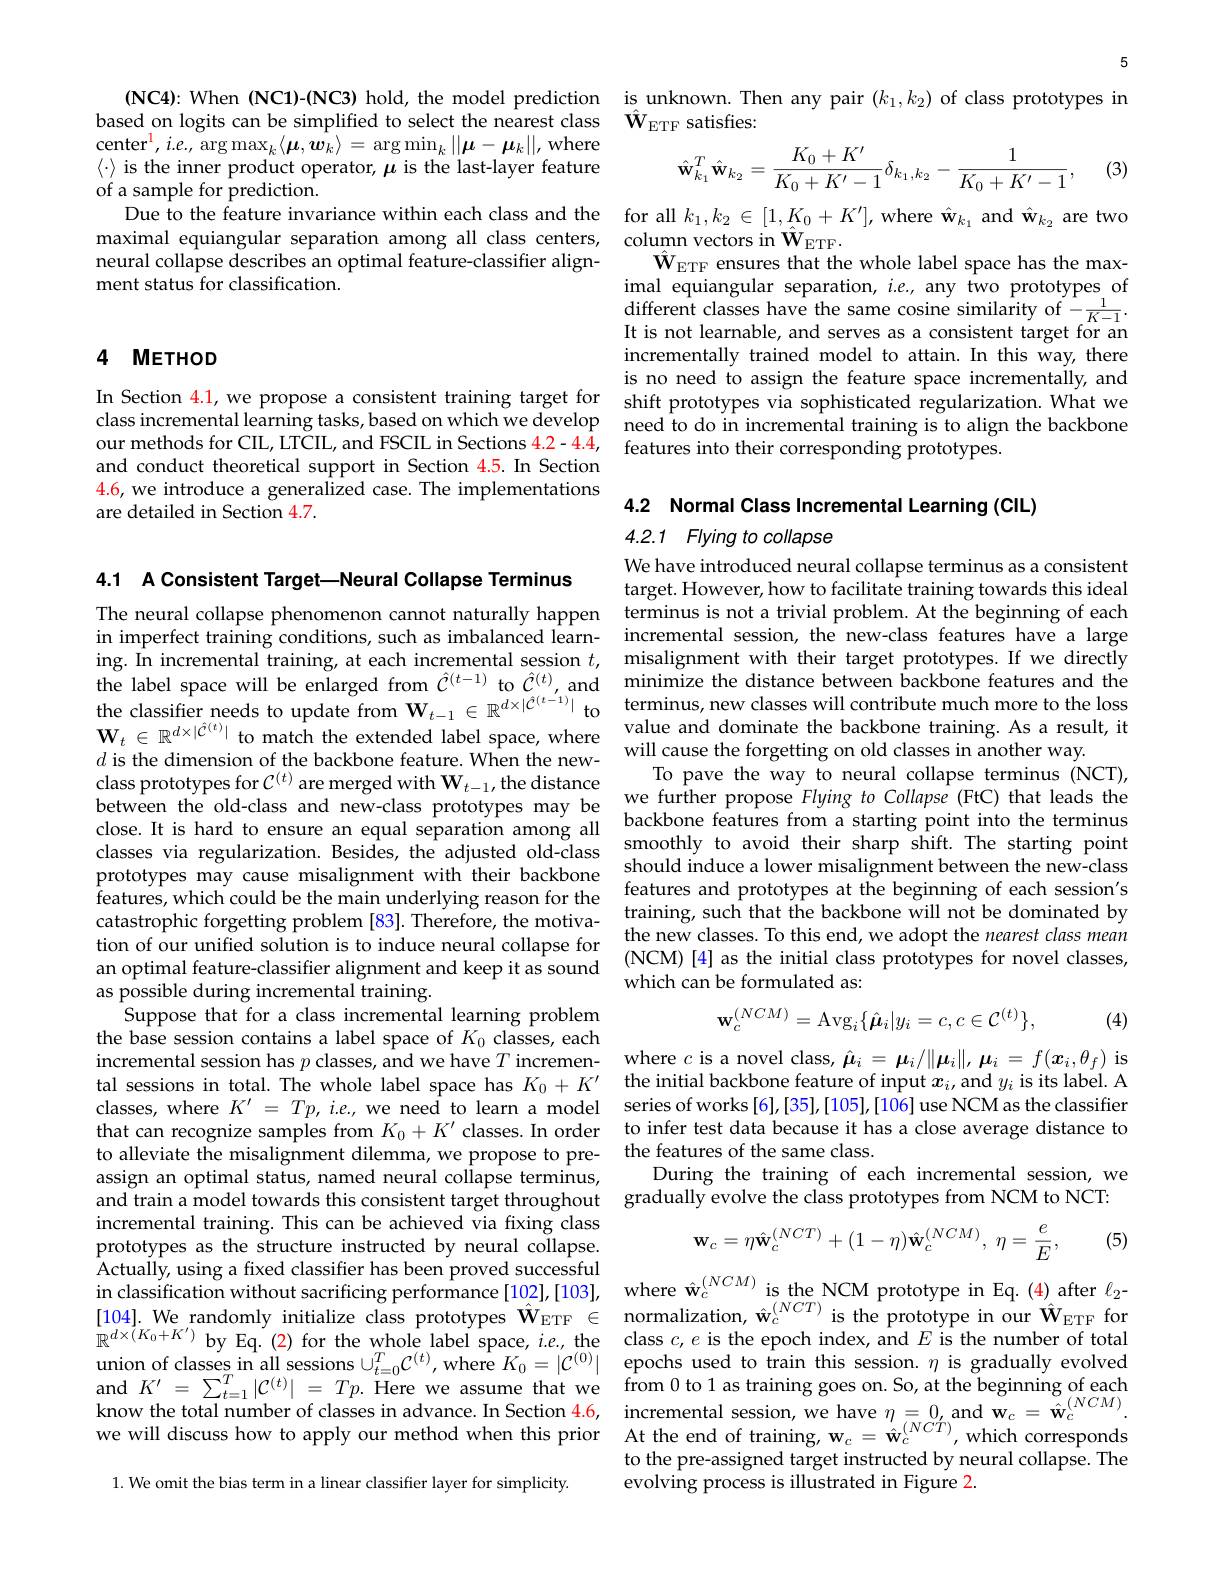
$\operatorname*{center}^{1},i.e.,\operatorname*{arg}\operatorname*{}$ $\langle\cdot\rangle$ is the inner product o of a sample for prediction.
Due to the feature invarianc
neural collapse describes an
ment status for classificati

### 4 METHOD

class incremental learning tasks, based on which we develop our methods for CIL, LTCIL, and FSCIL in Sections 4.2-4.4, and conduct theoretical support in Section 4.5. In Section 4.6, we introduce a generalized case. The implementations are detailed in Section 4.7.

4.1 A Consistent Target-Neural Collapse Terminus
The neural collapse phenomenon cannot naturally happen ing. In incremental training, at each incremental session $t$, $d$ is the dimension of the backbone feature. When the newclass prototypes for $\mathcal{C}^{(t)}$ are merged with $\mathbf{W}_t-1$, the distance prototypes may cause misalignment with their backbone features, which could be the main underlying reason for the an optimal feature-classifier alignment and keep it as sound as possible during incremental training.
Suppose that for a class inc the base session contains a label space of $K_0$ classes, each incremental session has $p$ tal sessions in total. The whole label space has $K_0+K^{\prime}$ the initial backbone feature of input $x_i$, and $y_i$ is its label.A classes, where $K^\prime=Tp,ie.$, that can recognize samples f to alleviate the misalignmen assign an optimal status, na and train a model towards th incremental training. This c prototypes as the structure Actually, using a fixed classifier has been proved successful in classification without sacrificing performance[102],[103], where $\hat{\mathbf{w}}_{c}^{(NCM)}$ is the NCM prototype in Eq.(4) after $\ell_{2-}$[104]. We randomly initialize class prototypes $\hat{\mathbf{W}}_{\mathrm{}}$ $\mathbb{R}^{d\times(K_{0}+K^{\prime})}$ by union of classes in all sess $\begin{array}{lll}\mathrm{and~}K^{\prime}=\sum_{t=1}^{T}|\mathcal{C}^{(t)}|&=Tp.\text{ Here we assume that we}&\text{from 0 to 1 as training goes on.So, at the beginning of each}\\\mathrm{know~the~total~number~of~classes~in~advance.~In~Section~4.6,~incremental~session,~we~have~\eta=0,~and~w}_{c}=\hat{\mathbf{w}}_{c}\end{array}$ we will discuss how to apply our method when this prior
1. We omit the bias term in a linear classifier layer for simplicity

5

(NC4): When (NC1)-(NC3) hold
based on logits can be simplified to select the nearest class $\hat{\mathbf{W}}_{\mathrm{ETF}}$ satisfies:
$$\hat{\mathbf{w}}_{k_{1}}^{T}\hat{\mathbf{w}}_{k_{2}}=\frac{K_{0}+K^{\prime}}{K_{0}+K^{\prime}-1}\delta_{k_{1},k_{2}}-\frac{1}{K_{0}+K^{\prime}-1},$$
(3)

$\hat{\mathbf{W}}_{\mathrm{ETF}}$ ensures that the whole label space has the maximal equiangular separation, $i.e.$, any two prototypes of $\begin{array}{l}{\mathrm{different~classes~have~the~same~cosine~similarity~of~-\frac1{K-1}.}}\\{\mathrm{It~is~not~learnable,~and~serves~as~a~consistent~target~for~an}}\end{array}$ incrementally trained model to attain. In this way, there is no need to assign the feature space incrementally, and
In Section $\color{red}{41,\text{we propose a consistent training target for}}\:$shift prototypes via sophisticated regularization. What we
need to do in incremental training is to align the backbone
features into their corresponding prototypes.

4.2 Normal Class Incremental Learning (CIL)

4.2.1 Flying to collapse
We have introduced neural collapse terminus as a consistent

target. However, how to faci terminus is not a trivial pr
in imperfect training conditions, such as imbalanced learn- incremental session, the new-class features have a large
misalignment with their target prototypes. If we directly
the label space will be $\mathbf{W}_t\in\mathbb{R}^{d\times|\hat{C}^{(t)}|}$
will cause the forgetting on
To pave the way to neural co we further propose Flying to
between the old-class and ne
smoothly to avoid their shar
classes via regularization.
features and prototypes at t
catastrophic forgetting prob
(NCM) [4] as the initial cla
which can be formulated as:
$$\mathbf{w}_c^{(NCM)}=\mathrm{Avg}_i\{\hat{\boldsymbol{\mu}}_i|y_i=c,c\in\mathcal{C}^{(t)}\},$$
(4)

where $c$ is a novel class,
the features of the same class.
During the training of each gradually evolve the class prototypes from NCM to NCT:
$$\mathbf{w}_{c}=\eta\hat{\mathbf{w}}_{c}^{(NCT)}+(1-\eta)\hat{\mathbf{w}}_{c}^{(NCM)},\:\eta=\frac{e}{E},$$
(5)

At the end of training, $\mathbf{w}_{c}=\hat{\mathbf{w}}_{c}^{(NCT)}$,which corresponds to the pre-assigned target instructed by neural collapse. The $\overset{1}{\operatorname*{\operatorname*{evolving~process~is~illustrated~in~Figure~2}}}.$